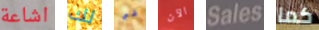
اشاعة لك في الآن Sales كما